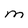
Character: M